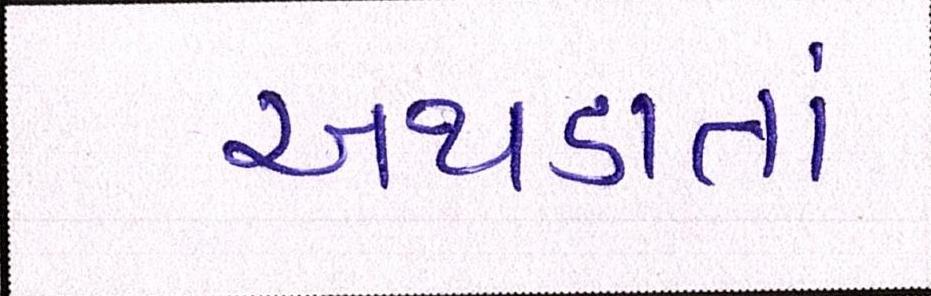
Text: અથડાતાં